Vaccination in Bombay 1874-1876 - 1874-1876
Year: 1874
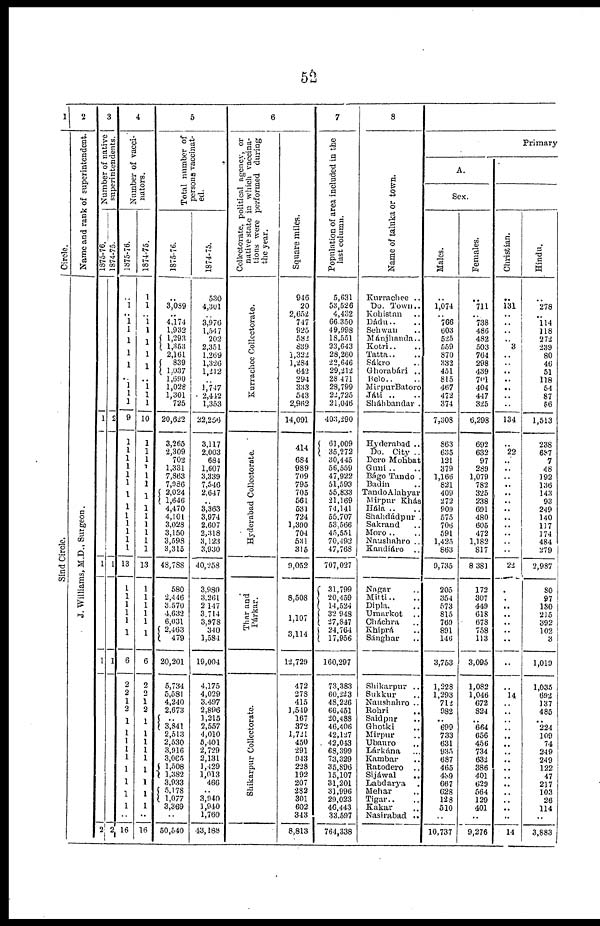
52
1
2
Name and rank of superintendent.
J. Williams, M.D., Surgeon.
3
Number of native
superintendents.
1875-76.
1
1
1
2
1874-75.
2
1
1
2
4
Number of vacci¬
nators.
1875-76.
..
1
.. 1
1
1
1
1
..
1
1 1
9
1
1
1
1
1
1
1
1
1
1
1
1
1
13
1
1
1
1
1
1
6
2
2
1
2
1
1
1
1
1
1
1
1
1
..
16
1874-75.
1
1
..
1
1
1
1
1
..
1
1
1
10
1
1
1
1
1
1
1
1
1
1
1
1
1
13
1
1
1
1
1
1
6
2
2 1 2
1
1
1
1
1
1
1
1
1 ..
16
5
Total number of
persons vaccinat-
ed.
1875- 76.
..
3,089
..
4,174
1,932
1,293
1,353
2,161
839
1,037
l,690
1,028
1,301
725
20,622
3,265
2,309
702
1,331
7,863
7,986
2,024
1,646
4,470
4,101
3,023
3,150
3,598
3,315
48,788
580
2,446
3,570
4,632
6,031
2,463
479
20,201
5,734
5,581
4,240
2,673
.. 3,841
2,513
2,530
3,916
3,065
1,508
1,382
3,933
5,178
1,077
3,369
..
50,540
1874- 75.
530
..
3,976
1,547
202
2,351
1,269
1,326
1,212
..
1,747
2,412
1,353
22,256
3,117
2,003
684
1,607
3,339
7,546
2,647
..
3,363
3,974
2,607
2,318
3,123
3,930
40,258
3,930
3,261
2,147
3,714
3,978
340
1,584
19,004
4,175
4,029
3,497
2,896
1,315
2,557
4,010
5,401
2,729
2,131
1,429
1,013
466
..
3,940
1,940
1,760
43,188
6
Collectorate, political agency, or
native state in which vaccina-
tions were performed during
the year.
Kurrachee Collectorate.
Hyderabad Collectorate.
Thar and
Tárkar.
Shikarpur Collectorate.
Square miles.
946
20
2,652
747
925
582
839
1,322
1,284
642
294
333
543
2,962
14,091
414
684
989
709
795
705
561
531
724
1,390
704
531
315
9,052
8,508
1,107
3,114
12,729
472
278
415
1,549
167
372
1,721
450
291
913
228
192
207
282
301
602
343
8,813
7
Population of area included in the
lost column.
5,631
53,526
4,432
66,350
49,998
18,551
23,643
28,260
22,646
29,212
28,471
28,799
22,725
21,046
403,290
61,009
35,272
30,445
56,559
47,922
51,593
55,833
21,169
74,141
55,707
53,566
45,551
70,492
47,768
707,027
31,799
20,459
14,524
32,948
27,847
24,764
17,956
160,297
73,383
60,223
48,226
66,451
20,488
46,406
42,127
42,043
68,399
73,329
38,896
15,107
31,201
31,996
29,023
46,443
33,597
764,338
8
Name of taluka or town.
Kurrachee ..
Do. Town..
Kohistan..
Dádu..
Sehwan ..
Mánjhanda.. ..
Kotri .. ..
Tatta.. ..
Sákro ..
Ghorabári ..
Belo.. ..
Mirpur Batoro ..
Játi .. ..
Sháhbandar .
Hyderabad ..
Do. City ..
Dero Mohbat
Guni.. ..
Bágo Tando .
Badin ..
TandoAlahyar
Mirpur Khás
Hála .. ..
Shahdádpur .
Sakrand ..
Moro ..
Naushahro ..
Kandiáro ..
Nagar ..
Mitti.. ..
Dipla. ..
Umarkot ..
Cháchra ..
Khiprá ..
Sáughar ..
Shikarpur ..
Sukkur ..
Naushahro ..
Rohri
..
Saidpur ..
Ghotki ..
Mirpur ..
Ubauro ..
Lárkána ..
Kambar ..
Ratodero
..
Sijáwal
..
Labdarya
.
Mehar ..
Tigar..
Kakar ..
Nasirabad ..
Primary
A.
Sex.
Males.
1,074
..
766
603
525
559
870
332
451
815
467
472
374
7,308
863
635
121
379
1,166
821
409
272
909
575
706
591
1,425
863
9,735
205
354
573
815
769
891
146
3,753
1,228
1,293
712
982
.. 699
733
631
935
687
465
489
667
628
128
510
..
10,737
Females.
711
..
738
486
482
503
764
298
439
701
404
447
325
6,298
692
632
97
289
1,079
782
325
238
691
480
605
472
1,182
817
8,381
172
307
449
618
678
758
113
3,095
1,082
1,046
672
824
..
664
656
456
734
632
386
401
629
564
129
401
..
9,276
Christian.
131
..
..
..
..
3
..
..
..
..
..
..
..
134
..
22
..
..
..
..
..
..
..
.. ..
..
..
..
22
..
..
..
..
..
..
..
..
..
14
..
..
..
..
..
..
..
..
..
..
..
..
..
..
..
14
Hindu.
278
..
114
118
272
239
80
46
51
118
54
87
56
1,513
238
687
7
48
192
136
143
93
249
140
117
174
484
279
2,987
80
97
130
215
392
102
3
1,019
1,035
692
137
485
..
224
109
74
249
249
122
47
217
103
26
114
..
3,883